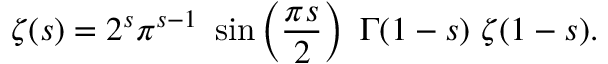
\zeta ( s ) = 2 ^ { s } \pi ^ { s - 1 } \ \sin \left( { \frac { \pi s } { 2 } } \right) \ \Gamma ( 1 - s ) \ \zeta ( 1 - s ) .